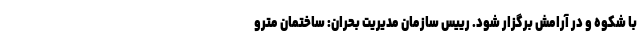
با شکوه و در آرامش برگزار شود. رییس سازمان مدیریت بحران: ساختمان مترو